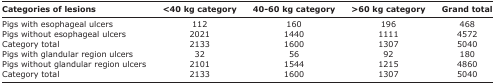
<table><thead><tr><td><b>Categories of lesions</b></td><td><b>&lt;40 kg category</b></td><td><b>40-60 kg category</b></td><td><b>&gt;60 kg category</b></td><td><b>Grand total</b></td></tr></thead><tbody><tr><td>Pigs with esophageal ulcers</td><td>112</td><td>160</td><td>196</td><td>468</td></tr><tr><td>Pigs without esophageal ulcers</td><td>2021</td><td>1440</td><td>1111</td><td>4572</td></tr><tr><td>Category total</td><td>2133</td><td>1600</td><td>1307</td><td>5040</td></tr><tr><td>Pigs with glandular region ulcers</td><td>32</td><td>56</td><td>92</td><td>180</td></tr><tr><td>Pigs without glandular region ulcers</td><td>2101</td><td>1544</td><td>1215</td><td>4860</td></tr><tr><td>Category total</td><td>2133</td><td>1600</td><td>1307</td><td>5040</td></tr></tbody></table>